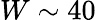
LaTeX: W\sim 40